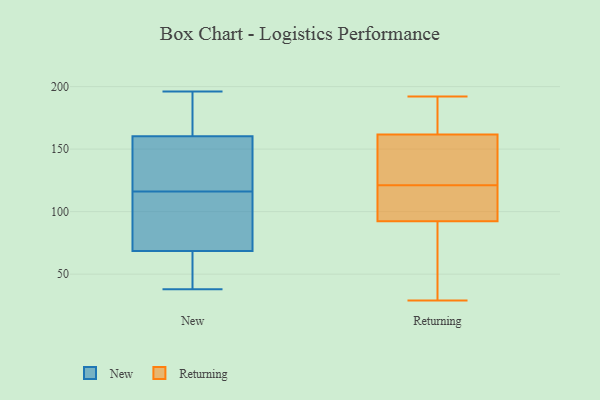
{"axis": {"x": "Latency (ms)", "y": "Value"}, "legend": ["New", "Returning"], "data": [{"x": "", "y": 118, "type": "New"}, {"x": "", "y": 121, "type": "New"}, {"x": "", "y": 44, "type": "New"}, {"x": "", "y": 109, "type": "New"}, {"x": "", "y": 38, "type": "New"}, {"x": "", "y": 73, "type": "New"}, {"x": "", "y": 116, "type": "New"}, {"x": "", "y": 196, "type": "New"}, {"x": "", "y": 161, "type": "New"}, {"x": "", "y": 158, "type": "New"}, {"x": "", "y": 70, "type": "New"}, {"x": "", "y": 68, "type": "New"}, {"x": "", "y": 164, "type": "New"}, {"x": "", "y": 39, "type": "New"}, {"x": "", "y": 190, "type": "New"}, {"x": "", "y": 138, "type": "Returning"}, {"x": "", "y": 29, "type": "Returning"}, {"x": "", "y": 49, "type": "Returning"}, {"x": "", "y": 143, "type": "Returning"}, {"x": "", "y": 94, "type": "Returning"}, {"x": "", "y": 139, "type": "Returning"}, {"x": "", "y": 90, "type": "Returning"}, {"x": "", "y": 112, "type": "Returning"}, {"x": "", "y": 33, "type": "Returning"}, {"x": "", "y": 182, "type": "Returning"}, {"x": "", "y": 164, "type": "Returning"}, {"x": "", "y": 166, "type": "Returning"}, {"x": "", "y": 121, "type": "Returning"}, {"x": "", "y": 93, "type": "Returning"}, {"x": "", "y": 192, "type": "Returning"}, {"x": "", "y": 102, "type": "Returning"}, {"x": "", "y": 161, "type": "Returning"}]}